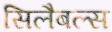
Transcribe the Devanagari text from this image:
सिलैबल्स